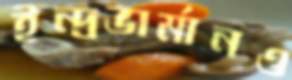
ইন্দ্রভার্মানও